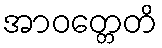
အာဝတ္တေတိ